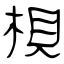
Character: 梖